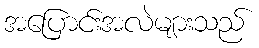
အပြောင်းအလဲများသည်